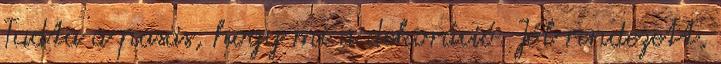
Tudta a pasas, hogy mi a dekoráció. Jól rendezett,